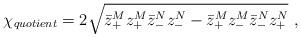
LaTeX: \begin{align*}{\chi}_{quotient}=2 \sqrt{\bar{z}_{+}^M z_{+}^M \bar{z}_{-}^N z_{-}^N - \bar{z}_{+}^M z_{-}^M \bar{z}_{-}^N z_{+}^N}\ , \end{align*}